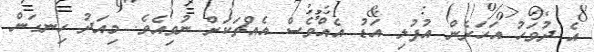
އެ ދުވަހު އަހަރެން އުފުލި އަޑު އެއްވެސް އެއްޗަކަށް ނުވިއެވެ. މިއަދު ހިނގަން